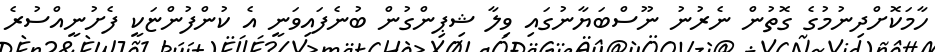
ހާމަކޮށްދިނުމުގެ ގޮތުން ނެރުނު ނޫސްބަޔާނުގައި ވިލާ ޝިޕިންގުން ބުނެފައިވަނީ އެ ކުންފުންޏަކީ ފެށުނީއްސުރެ